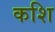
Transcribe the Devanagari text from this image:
कशि